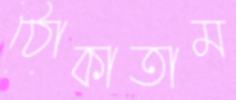
ঠোকাতাম